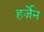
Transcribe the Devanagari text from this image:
हर्ज़ेन